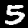
Digit: 5